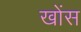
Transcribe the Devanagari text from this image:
खोंस